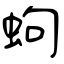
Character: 蚼